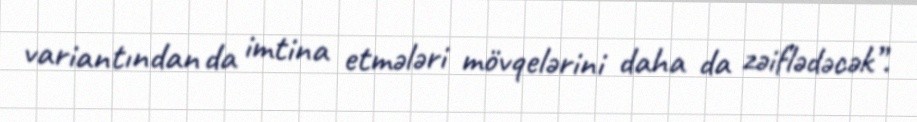
variantından da imtina etmələri mövqelərini daha da zəiflədəcək”.